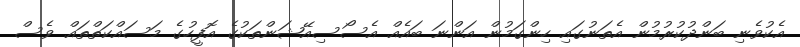
އެކުވެނި ބަންދުކުރުމުން އެތަނުގައި ހިންގަމުން އަންނަ ބައެއް އެސޯސިއޭޝަންތަކުގެ އޮފީހުގެ މަސައްކަތްތައް ވެސް